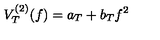
V _ { T } ^ { ( 2 ) } ( f ) = a _ { T } + b _ { T } f ^ { 2 }